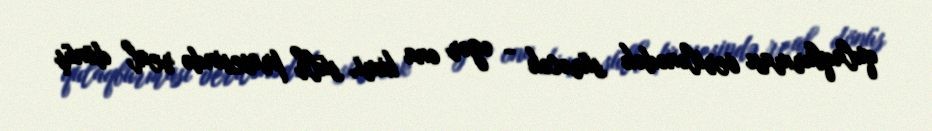
qulaqburması verilənədək sürəcək - əgər ona kimi, sülh prosesində real dönüş